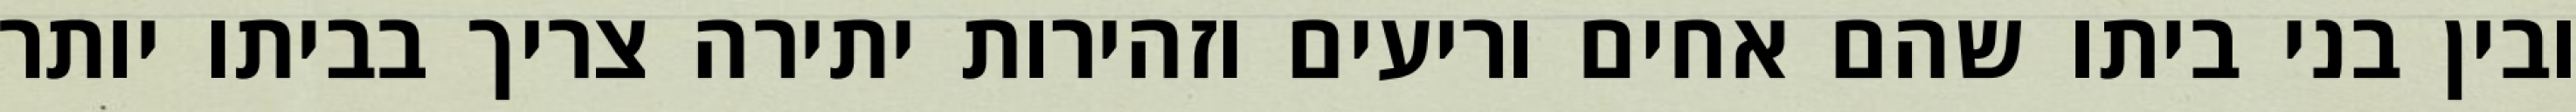
ובין בני ביתו שהם אחים וריעים וזהירות יתירה צריך בביתו יותר